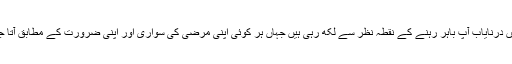
اصل میں درنایاب آپ باہر رہنے کے نقطہ نظر سے لکھ رہی ہیں جہاں ہر کوئی اپنی مرضی کی سواری اور اپنی ضرورت کے مطابق آتا جاتا ہے۔